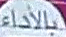
بالأداء